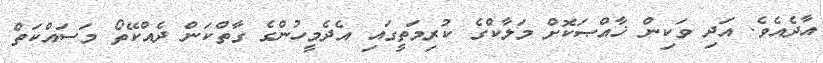
އާދެއެވެ. އަދި ވަކިން ޚާއްޞަކޮށް މަލާކްގެ ކުރިމަތީގައި އެދެމީހުންގެ ގާތްކަން ދެއްކޭތޯ މަސައްކަތް